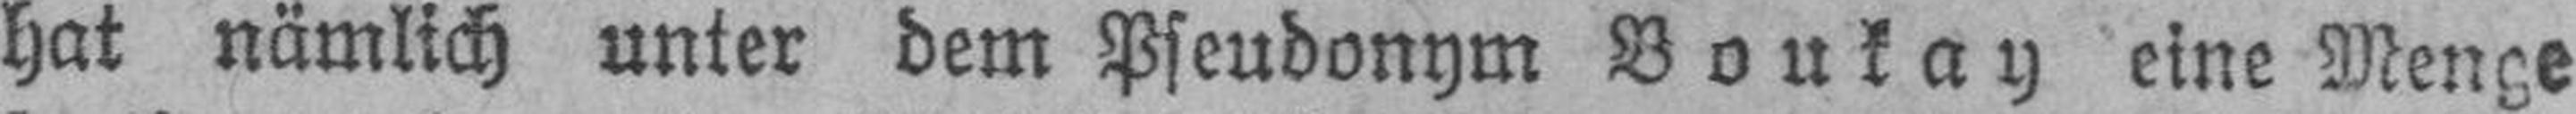
hat nämlich unter dem Pseudonym Boukay eine Menge